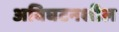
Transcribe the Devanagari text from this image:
अविघटनशील